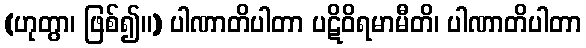
(ဟုတွာ၊ ဖြစ်၍။) ပါဏာတိပါတာ ပဋိဝိရမာမီတိ၊ ပါဏာတိပါတာ